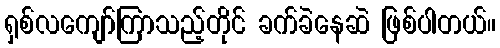
ရှစ်လကျော်ကြာသည့်တိုင် ခက်ခဲနေဆဲ ဖြစ်ပါတယ်။